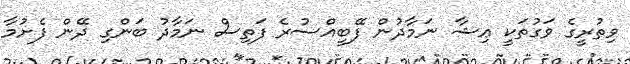
ވިތުރީގެ ވަގުތަކީ ޢިޝާ ނަމާދުން ފޭބީއްސުރެ ފަތިސް ނަމާދު ބަންގި ދޭން ފެށުމާ